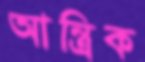
আন্ত্রিক